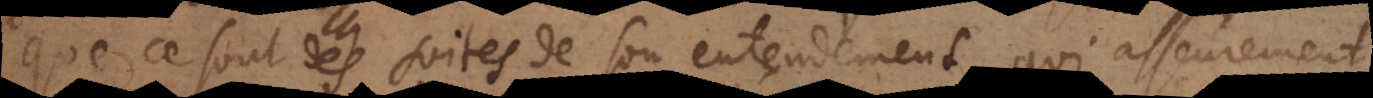
que ce sont des suites de son entendement, qui asseurement